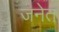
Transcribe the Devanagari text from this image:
जनेत